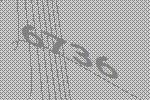
6736